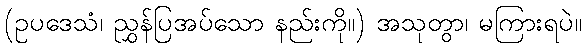
(ဥပဒေသံ၊ ညွှန်ပြအပ်သော နည်းကို။) အသုတွာ၊ မကြားရပဲ။